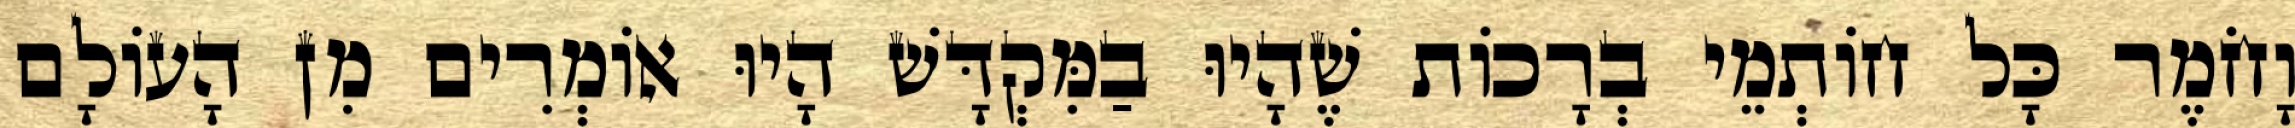
וָחֹמֶר כָּל חוֹתְמֵי בְרָכוֹת שֶׁהָיוּ בַמִּקְדָּשׁ הָיוּ אוֹמְרִים מִן הָעוֹלָם